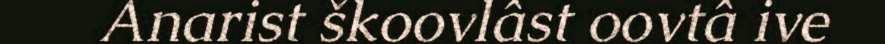
Anarist škoovlâst oovtâ ive